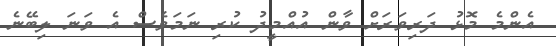
އެންމެ މޮޅު ދަރިވަރަށް ވާން އުއްމީދު ކުރި ނަމަވެސް އެ ވަނަ ލިބޭނެ